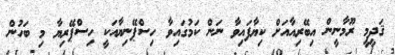
ޤަދީމީ ރޫމާނީން އިބޭރިއާއަށް ކިޔާފައިވާ ނަން ކަމުގައިވާ ހިސްޕޭނިޔާއަކީ ހިސްޕޭރިޔާ މި ބަހުން